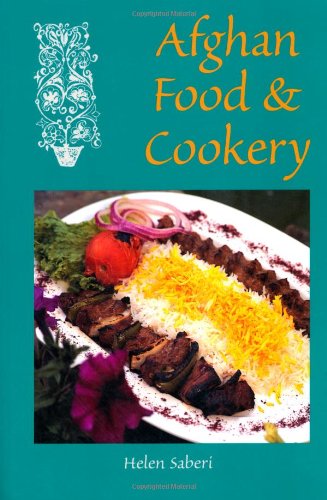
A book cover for Afghan Food & Cookery: Noshe Djan; Helen Saberi; Cookbooks, Food & Wine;